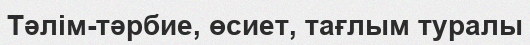
Тәлім-тәрбие, өсиет, тағлым туралы